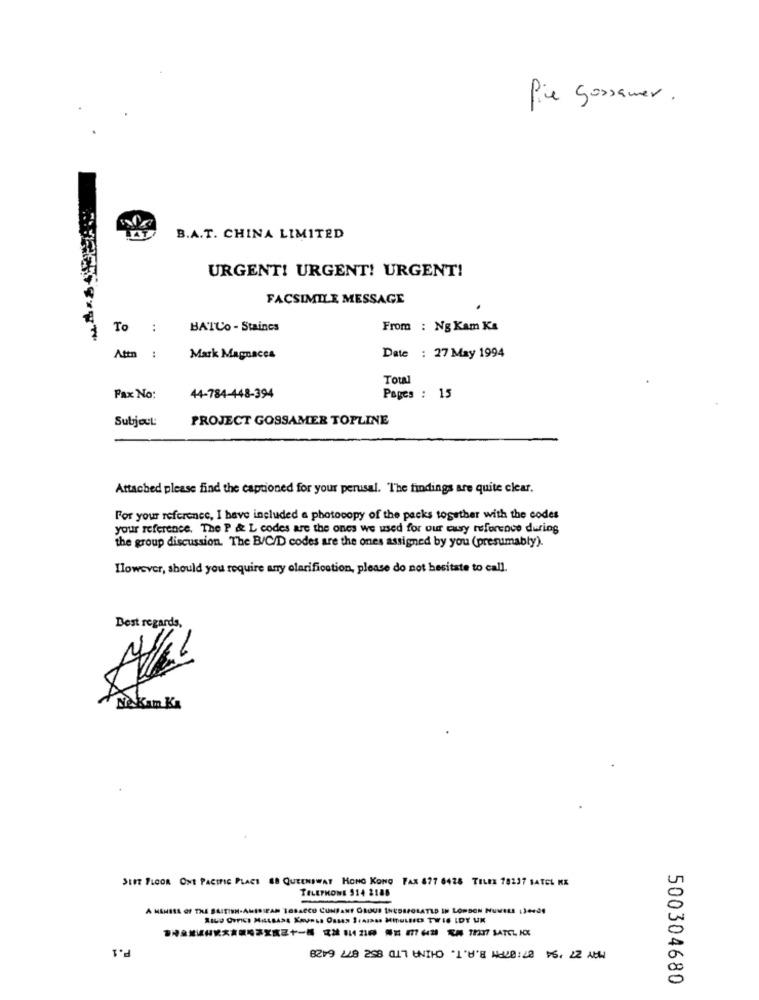
Pie gossamer .
B.A.T. CHINA LIMITED
URGENT! URGENT! URGENT!
FACSIMILE MESSAGE
To :
BATUO - Staines
From : Ng Kam Ka
Attn :
Mark Magnacca
Date : 27 May 1994
Total
Fax No:
44-784-448-394
Pages : 15
Subject:
PROJECT GOSSAMER TOPLINE
Attached please find the captioned for your perusal. The findings are quite clear.
For your reference, I have included a photocopy of the packs together with the codes
your reference. The P & L codes are the ones we used for our easy reference during
the group discussion. The B/C/D codes are the ones assigned by you (presumably).
Ilowover, should you require any clarification, please do not hesitate to call.
Best regards,
Ne Kam Ka
SEIT FLOOR ONE PACIFIC PLACE ES QUEENIWAT HONG KONG FAX 877 6428 TELEE 78237 SATEL RE
TELEPHONE 514 2185
A MEMBER OF THE BRITISH-AMERICAN TOBACCO CUNPANT GROUP THEDAPOLATLD IN LONDON NUMELE (3+420
RICO OFFICE MALBASE KAUPLA OSSEN 3FAIS MINULBIES TWIS IDY UK
P.1
8219 228 258 017 UNTHO '1 'U'8 WWW8: 48 16, 22 4KM
500304680